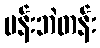
ပန်းဘဲတန်း